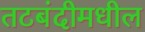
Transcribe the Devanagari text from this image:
तटबंदीमधील